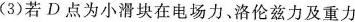
(3)若D点为小滑块在电场力、洛伦兹力及重力